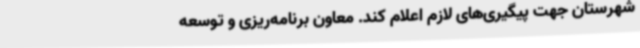
شهرستان جهت پیگیری‌های لازم اعلام کند. معاون برنامه‌ریزی و توسعه